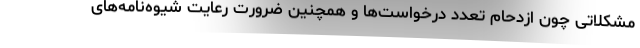
مشکلاتی چون ازدحام تعدد درخواست‌ها و همچنین ضرورت رعایت شیوه‌نامه‌های